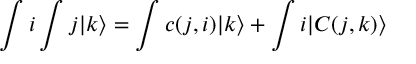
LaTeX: \int i \int j | k \rangle = \int c ( j , i ) | k \rangle + \int i | C ( j , k ) \rangle